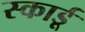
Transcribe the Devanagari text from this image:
स्कार्डू